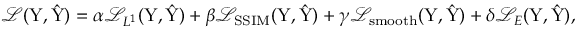
\mathcal { L } ( \mathrm { Y } , \hat { \mathrm { Y } } ) = \alpha \mathcal { L } _ { L ^ { 1 } } ( \mathrm { Y } , \hat { \mathrm { Y } } ) + \beta \mathcal { L } _ { \mathrm { S S I M } } ( \mathrm { Y } , \hat { \mathrm { Y } } ) + \gamma \mathcal { L } _ { \mathrm { s m o o t h } } ( \mathrm { Y } , \hat { \mathrm { Y } } ) + \delta \mathcal { L } _ { \boldsymbol { E } } ( \mathrm { Y } , \hat { \mathrm { Y } } ) ,